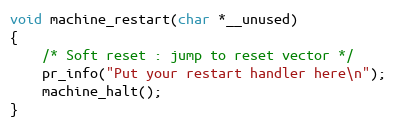
Language: C
void machine_restart(char *__unused)
{
	/* Soft reset : jump to reset vector */
	pr_info("Put your restart handler here\n");
	machine_halt();
}